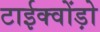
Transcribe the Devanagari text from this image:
टाईक्वोंड़ो